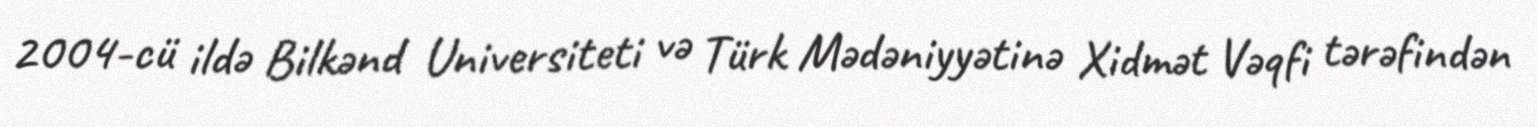
2004-cü ildə Bilkənd Universiteti və Türk Mədəniyyətinə Xidmət Vəqfi tərəfindən